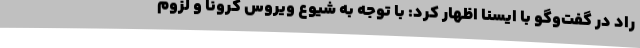
راد در گفت‌وگو با ایسنا اظهار کرد: با توجه به شیوع ویروس کرونا و لزوم